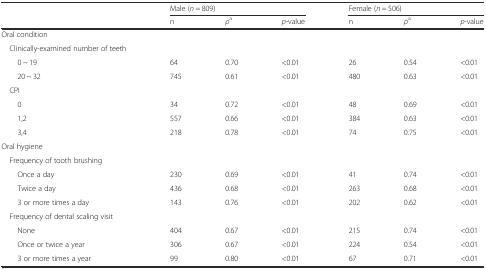
<table><thead><tr><td rowspan="2"></td><td colspan="3"><b>Male (<i>n</i> = 809)</b></td><td colspan="3"><b>Female (<i>n</i> = 506)</b></td></tr><tr><td><b>n</b></td><td><b><i>ρ</i><sup>a</sup></b></td><td><b><i>p</i>-value</b></td><td><b>n</b></td><td><b><i>ρ</i><sup>a</sup></b></td><td><b><i>p</i>-value</b></td></tr></thead><tbody><tr><td>Oral condition</td><td></td><td></td><td></td><td></td><td></td><td></td></tr><tr><td> Clinically-examined number of teeth</td><td></td><td></td><td></td><td></td><td></td><td></td></tr><tr><td>0 ~ 19</td><td>64</td><td>0.70</td><td>&lt;0.01</td><td>26</td><td>0.54</td><td>&lt;0.01</td></tr><tr><td>20 ~ 32</td><td>745</td><td>0.61</td><td>&lt;0.01</td><td>480</td><td>0.63</td><td>&lt;0.01</td></tr><tr><td> CPI</td><td></td><td></td><td></td><td></td><td></td><td></td></tr><tr><td>0</td><td>34</td><td>0.72</td><td>&lt;0.01</td><td>48</td><td>0.69</td><td>&lt;0.01</td></tr><tr><td>1,2</td><td>557</td><td>0.66</td><td>&lt;0.01</td><td>384</td><td>0.63</td><td>&lt;0.01</td></tr><tr><td>3,4</td><td>218</td><td>0.78</td><td>&lt;0.01</td><td>74</td><td>0.75</td><td>&lt;0.01</td></tr><tr><td>Oral hygiene</td><td></td><td></td><td></td><td></td><td></td><td></td></tr><tr><td> Frequency of tooth brushing</td><td></td><td></td><td></td><td></td><td></td><td></td></tr><tr><td>Once a day</td><td>230</td><td>0.69</td><td>&lt;0.01</td><td>41</td><td>0.74</td><td>&lt;0.01</td></tr><tr><td>Twice a day</td><td>436</td><td>0.68</td><td>&lt;0.01</td><td>263</td><td>0.68</td><td>&lt;0.01</td></tr><tr><td>3 or more times a day</td><td>143</td><td>0.76</td><td>&lt;0.01</td><td>202</td><td>0.62</td><td>&lt;0.01</td></tr><tr><td> Frequency of dental scaling visit</td><td></td><td></td><td></td><td></td><td></td><td></td></tr><tr><td>None</td><td>404</td><td>0.67</td><td>&lt;0.01</td><td>215</td><td>0.74</td><td>&lt;0.01</td></tr><tr><td>Once or twice a year</td><td>306</td><td>0.67</td><td>&lt;0.01</td><td>224</td><td>0.54</td><td>&lt;0.01</td></tr><tr><td>3 or more times a year</td><td>99</td><td>0.80</td><td>&lt;0.01</td><td>67</td><td>0.71</td><td>&lt;0.01</td></tr></tbody></table>